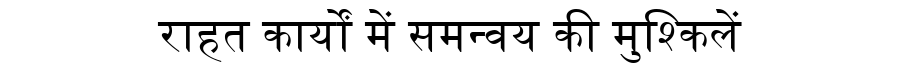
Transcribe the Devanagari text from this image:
राहत कार्यों में समन्वय की मुश्किलें